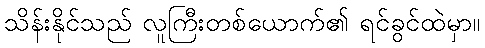
သိန်းနိုင်သည် လူကြီးတစ်ယောက်၏ ရင်ခွင်ထဲမှာ။